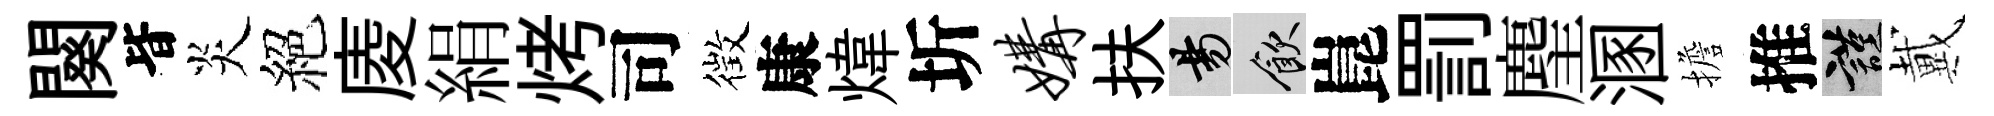
闋𣅜炎絕庱絹烤司徴康煒圻媾扶昜飲崑罰麈溷擔推謹戴